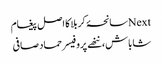
Nextسانحۂ کربلا کا اصل پیغام
شاباش، ننھے پروفیسر حماد صافی